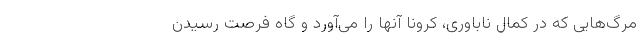
مرگ‌هایی که در کمال ناباوری، کرونا آنها را می‌آورد و گاه فرصت رسیدن